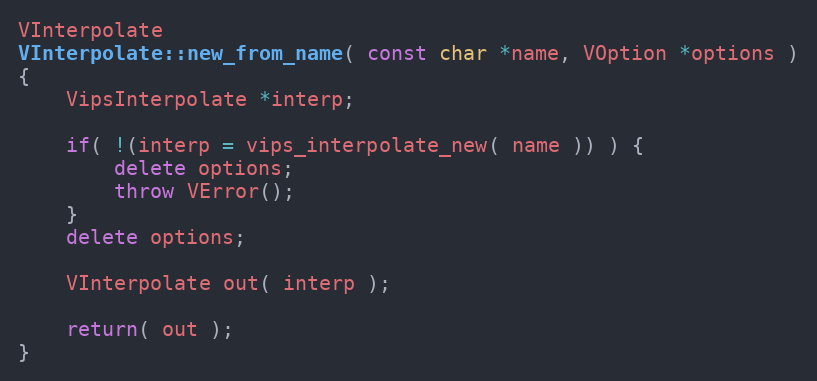
Language: C++
VInterpolate
VInterpolate::new_from_name( const char *name, VOption *options )
{
	VipsInterpolate *interp;

	if( !(interp = vips_interpolate_new( name )) ) {
		delete options;
		throw VError();
	}
	delete options;

	VInterpolate out( interp );

	return( out );
}